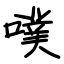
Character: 噗